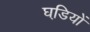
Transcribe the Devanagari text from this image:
घडि़यों